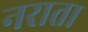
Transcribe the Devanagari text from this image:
नराता